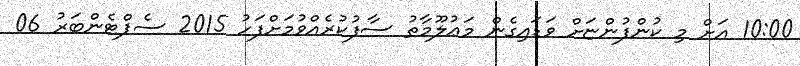
10:00 އަށް މި ކުންފުންޏަށް ވަޑައިގެން މަޢުލޫމާތު ސާފުކުރެއްވުމަށްފަހު 2015 ސެޕްޓެންބަރު 06